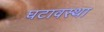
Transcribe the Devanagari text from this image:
घटावस्था